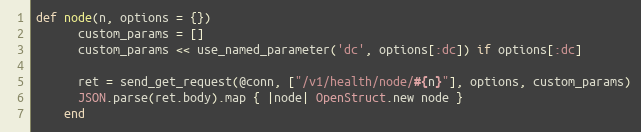
Language: Ruby
def node(n, options = {})
      custom_params = []
      custom_params << use_named_parameter('dc', options[:dc]) if options[:dc]

      ret = send_get_request(@conn, ["/v1/health/node/#{n}"], options, custom_params)
      JSON.parse(ret.body).map { |node| OpenStruct.new node }
    end